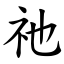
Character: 祂